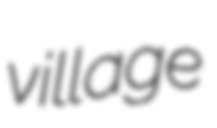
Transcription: village